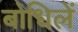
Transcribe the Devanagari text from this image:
बोधिलें